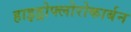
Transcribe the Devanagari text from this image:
हाइड्रोफ्लोरोकार्बन